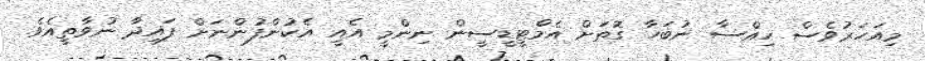
މިއަހަރުވެސް ހިއްސާ ނުބަހާ ގޮތަށް އެމްޓީޑީސީން ނިންމީ އެއީ އެކުންފުންނަށް ފައިދާ ނުވާތީއެވެ.